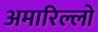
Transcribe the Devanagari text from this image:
अमारिल्लो